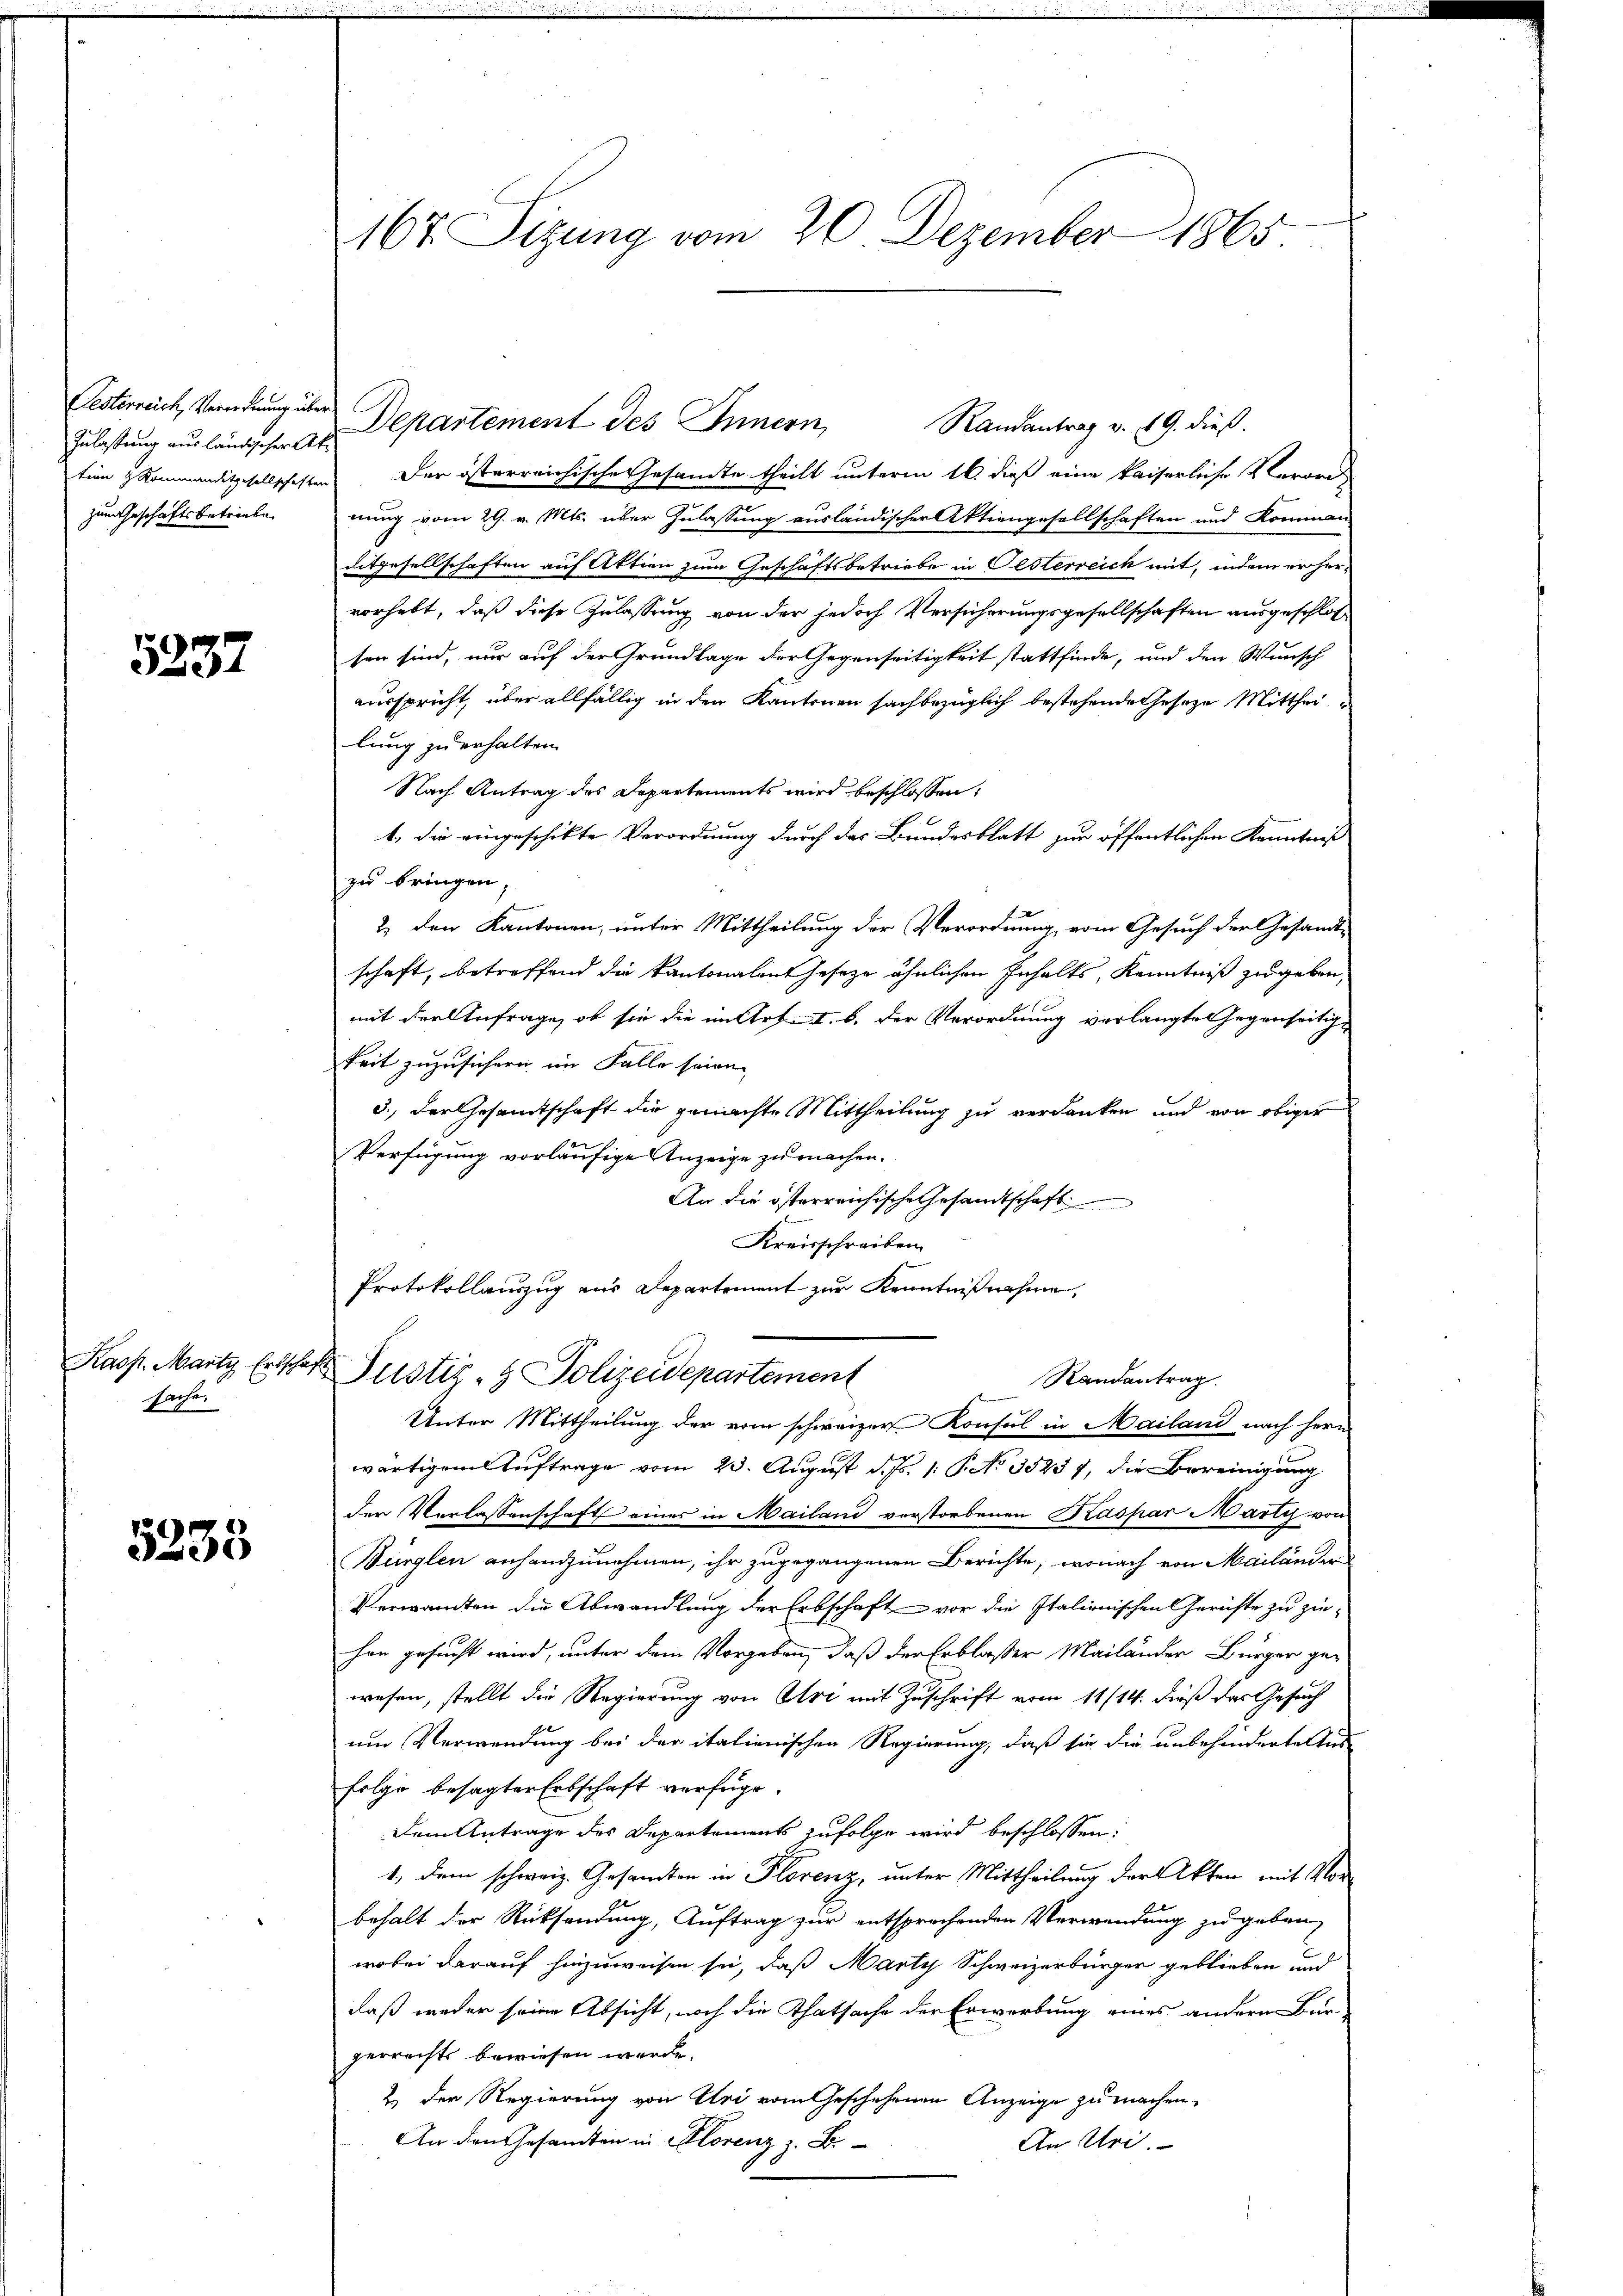
Zulassung ausländischer Atzum Geschäftsbetriebe

5237

sache.

5233

Oesterreich, Verordnung der Departement des Innern,
Randantrag v. 4. 9. dieß.
tion & Kommanditgesellschaften der österreichische Gesandte theilt unterm 16. dieß eine kaiserliche Verord-
nung vom 29. v. Mts. über Zulassung ausländischer Aktiengesellschaften und Kommen-
ditgesellschaften auf Aktien zum Geschäftsbetriebe in Oesterreich mit, indem er hervorhebt, daß diese Zulassung von der jedoch Versicherungsgesellschaften ausgeschlossen sind, nur auf der Grundlage der Gegenseitigkeit stattfinde, und den Wunsch
ausspricht, über allfällig in den Kantonen sachbezüglich bestehende Geseze Mitthei
lung zu erhalten.
Nach Antrag des Departements wird beschlossen:
1. die eingeschikte Verordnung durch das Bundesblatt zur öffentlichen Kenntniß
zu bringen,
2. den Kantonen, unter Mittheilung der Verordnung, vom Gesuch der Gesandt-
schaft, betreffend die Kantonalent Jeseze ähnlichen Inhalts, Kenntniß zugeben,
mit der Anfrage, ob sie die im Art. I. b. der Verordnung verlangte Gegenseitigkeit zuzusichern im Falle seien
3., der Gesandtschaft die gemachte Mittheilung zu verdanken und von obiger
Verfügung vorläufige Anzeige zu machen.
An die österreichische Gesandtschaft
Kreisschreiben.
Protokollauszug aus Departement zur Kenntnißnahme,
Kaos. Martz Erschäfte Justiz- & Polizeidepartement
Randantrag.
Unter Mittheilung der vom schweizer Konsul in Mailand nach hern
wärtigem Auftrage vom 23. August d. Js. 1. P. No. 35237, die Bereinigung
der Verlassenschaft eines in Mailand verstorbenen Kaspar Marty von
Würglen anhenzunehmen, ihr zugegangenen Berichte, wonach von Mailänder
Verwandten die Abwandlung der Erbschaft vor die Italienischen Gerichte zu ziehen gesucht wird, unter dem Vorgeben, daß der Erblasser Mailänder Bürger gewesen, stellt die Regierung von Uri mit Zuschrift vom 11/14. dieß das Gesuch
um Verwendung bei der italienischen Regierung, daß sie die unbehinderte Aus
folge besagter Erbschaft verfüge.
Dem Antrage des Departement zufolge wird beschlossen:
1., dem schweiz. Gesandten in Florenz, unter Mittheilung der Akten mit Vorbehalt der Rücksendung, Auftrag zur entsprechenden Verwendung zu geben,
wobei darauf hinzuweisen sei, daß Marty Schweizerbürger geblieben und
daß weder seine Absicht, noch die Thatsache der Erwerbung eines andern Bür
gerrechts bewiesen werde.
2. Der Regierung von Uri vom Geschehenen Anzeige zu machen.
An den Gesandten in Klorenz z. B.
An Uri.
s

167. Sizung vom 20 Dezember 1865.